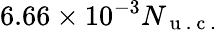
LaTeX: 6.66\times 10^{-3}N_{\mathrm{~u~.~c~.~}}